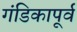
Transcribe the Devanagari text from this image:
गंडिकापूर्व